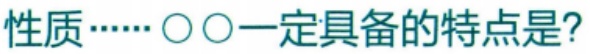
性质……〇〇一定具备的特点是?